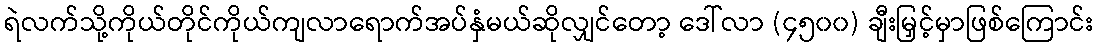
ရဲလက်သို့ကိုယ်တိုင်ကိုယ်ကျလာရောက်အပ်နှံမယ်ဆိုလျှင်တော့ ဒေါ်လာ (၄၅၀၀) ချီးမြှင့်မှာဖြစ်ကြောင်း